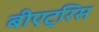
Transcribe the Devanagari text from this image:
बीएट्रिस